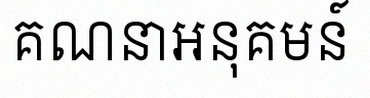
គណនាអនុគមន៍